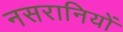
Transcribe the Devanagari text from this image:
नसरानियों